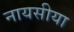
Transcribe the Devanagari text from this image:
नायसीया